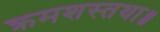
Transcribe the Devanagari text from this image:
क्रमशस्तथा॥